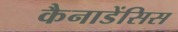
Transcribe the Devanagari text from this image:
कैनाडेंसिस